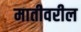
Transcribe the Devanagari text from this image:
मातीवरील